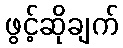
ဖွင့်ဆိုချက်